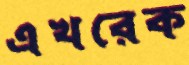
এখরেক